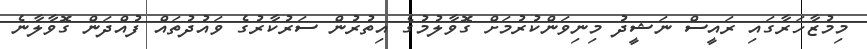
މިމުޒާހަރާގައި ރައީސް ނަޝީދު މިނިވަންކުރުމަށް ގޮވާލުމުގެ އިތުރުން ސަރުކާރުގެ ވައުދުތައް ފުއްދަން ގޮވާލާނެ